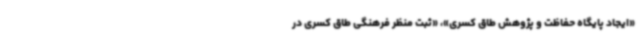
«ایجاد پایگاه حفاظت و پژوهش طاق کسری»، «ثبت منظر فرهنگی طاق کسری در